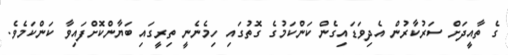
ގެ ތާއީދަށް ސަރުކާރުން އެދިވަޑައިގެން ކަންކަމުގެ ގޮތުގައި ހިމެނެނީ ތިރީގައި ބަޔާންކޮށްފައިވާ ކަންކަމެވެ.